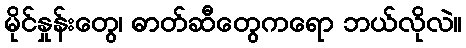
မိုင်နှုန်းတွေ၊ ဓာတ်ဆီတွေကရော ဘယ်လိုလဲ။